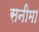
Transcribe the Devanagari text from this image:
सनीमा